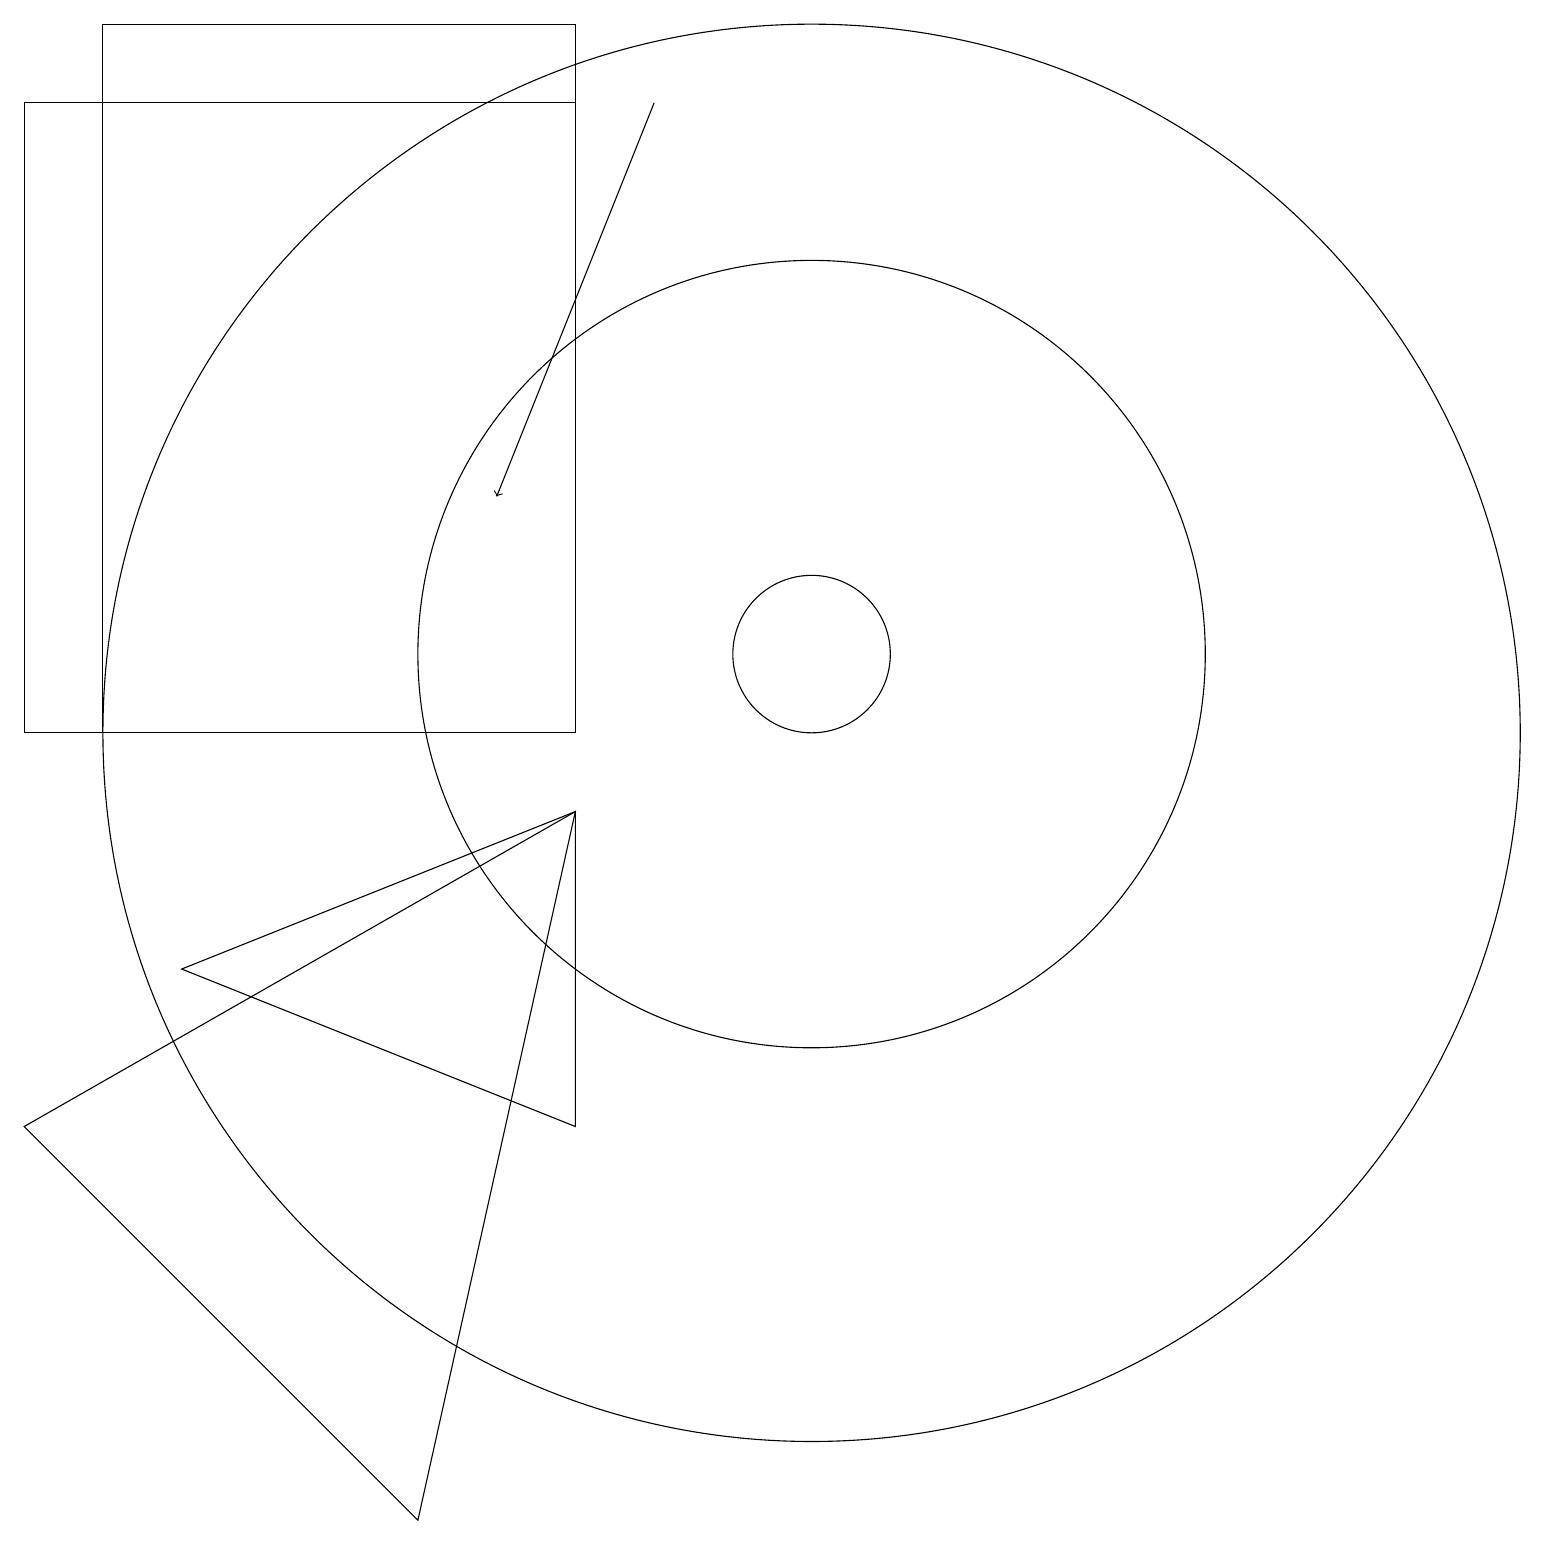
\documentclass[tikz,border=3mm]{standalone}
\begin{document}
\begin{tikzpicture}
\draw (10,11) circle (1);
\draw (7,10) rectangle (1,19);
\draw (7,5) -- (7,9) -- (2,7) -- cycle;
\draw (7,10) rectangle (0,18);
\draw (10,11) circle (5);
\draw (10,10) circle (9);
\draw (0,5) -- (7,9) -- (5,0) -- cycle;
\draw[->] (8,18) -- (6,13);
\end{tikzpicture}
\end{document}